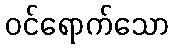
ဝင်ရောက်သော